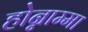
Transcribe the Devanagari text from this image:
होन्नाम्मा